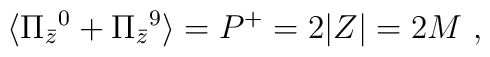
\langle \Pi_{\bar z}{}^0 +\Pi_{\bar z}{}^9\rangle =P^+ = 2 |Z| = 2 M \ ,